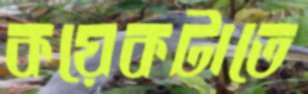
কয়েকটাতে